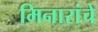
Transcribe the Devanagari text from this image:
मिनारांचे